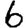
Digit: 6